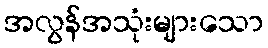
အလွန်အသုံးများသော